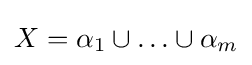
X=\alpha _{1}\cup \ldots \cup \alpha _{m}